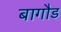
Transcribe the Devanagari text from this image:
बागौड